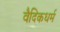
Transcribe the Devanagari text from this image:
वैदिकधर्म